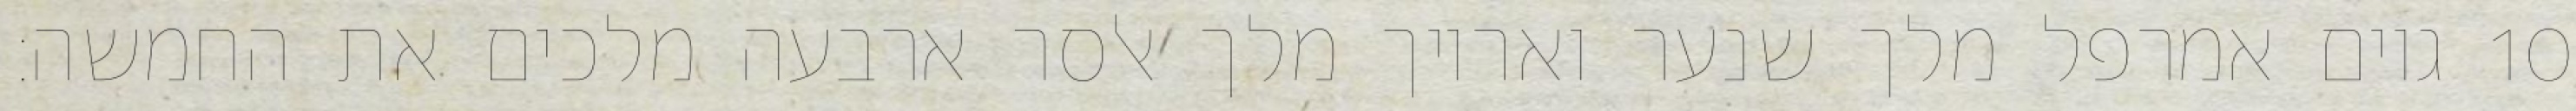
גוים אמרפל מלך שנער ואריוך מלך אלסר ארבעה מלכים את החמשה׃ ‎10‏